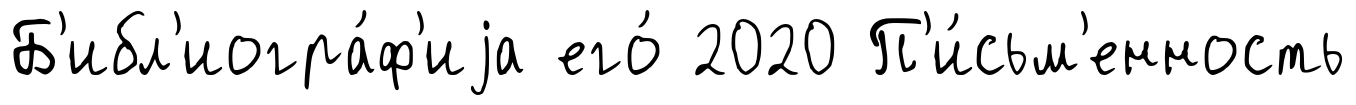
Б'ибл'иогра́ф'иjа его́ 2020 П'и́сьм'енность